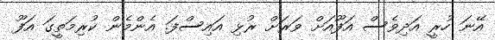
އޭނަ ހުރީ އަދިވެސް އަފޫއަށް ވަރަށް ރުޅި އައިސްފަ. އެންމެން ކުރިމަތީގަ އަފޫ